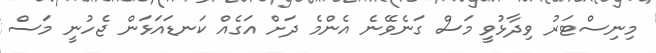
މިނިސްޓަރު ވިދާޅުވީ މަސް ގަނެވޭނެ އެންމެ ދަށް އަގެއް ކަނޑައަޅަން ޖެހުނީ މަސް